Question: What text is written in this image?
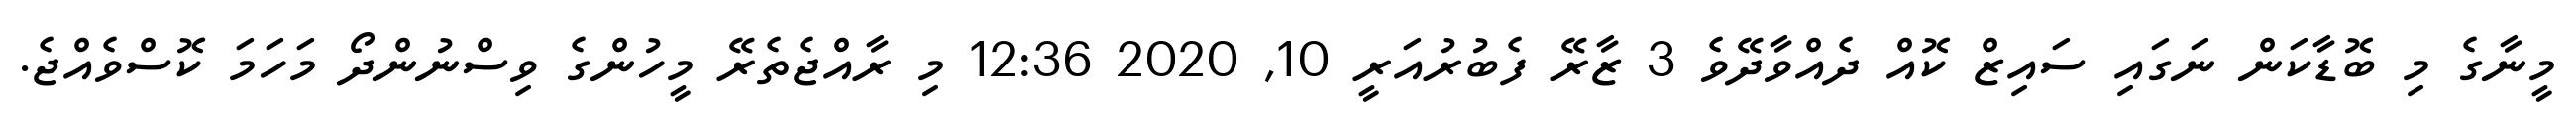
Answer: މީނާގެ މި ބޮޑާކަން ނަގައި ސައިޒް ކޮއް ދެއްވާދޭވެ 3 ޒާރޭ ފެބުރުއަރީ 10, 2020 12:36 މި ރާއްޖެތެރޭ މީހުންގެ ވިސްނުންދޯ މަހަމަ ކޮސްވެއްޖެ.